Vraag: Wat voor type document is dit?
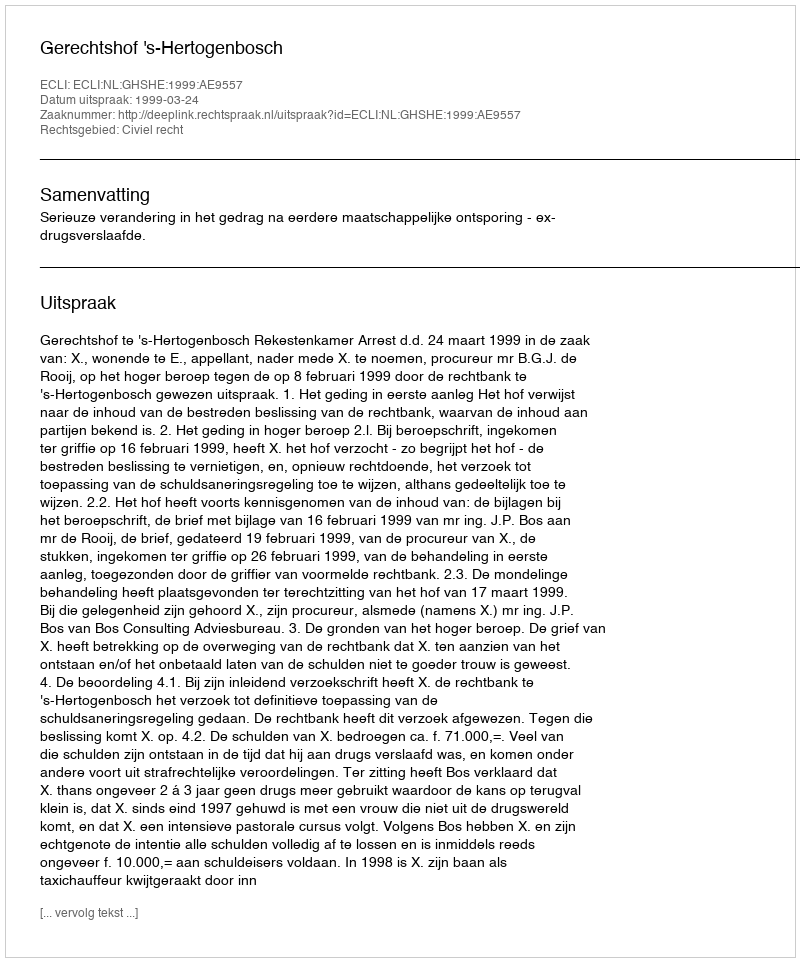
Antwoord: Uitspraak